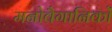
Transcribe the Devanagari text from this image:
मनोवैगानिकों